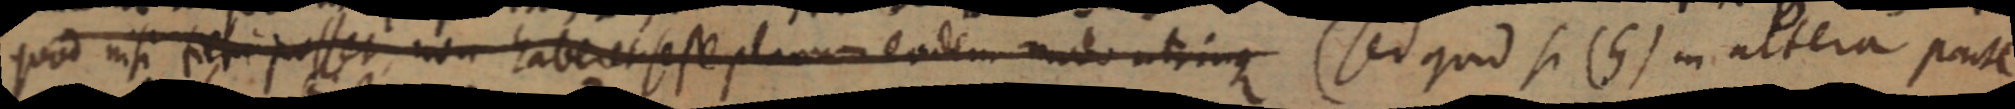
quod nisi fieri posset non haberet se se planum eodem modo utrinque (sed quid si (G) in altera parte